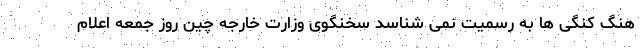
هنگ کنگی ها به رسمیت نمی شناسد سخنگوی وزارت خارجه چین روز جمعه اعلام